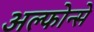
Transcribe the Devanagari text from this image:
अल्फोन्से